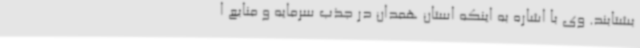
بشتابند. وی با اشاره به اینکه استان همدان در جذب سرمایه و منابع ا